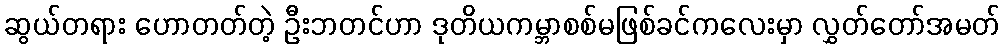
ဆွယ်တရား ဟောတတ်တဲ့ ဦးဘတင်ဟာ ဒုတိယကမ္ဘာစစ်မဖြစ်ခင်ကလေးမှာ လွှတ်တော်အမတ်